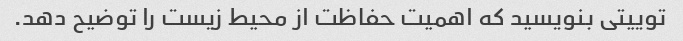
توییتی بنویسید که اهمیت حفاظت از محیط زیست را توضیح دهد.